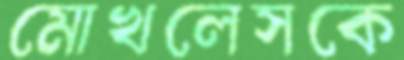
মোখলেসকে